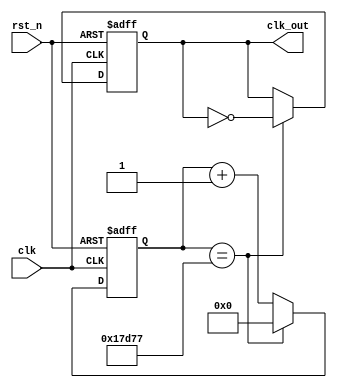
`timescale 1ns / 1ps
/**
* function description:
* artix-7 fgg484 chip are 100M system clock embeded
* so here we want to achieve the clock of 512Hz, as 1e8(100M)/512 = 195312
* using a cnts signal, when cnt == cnt, then we reverse the clk signal
* when it reaches the half cnts, then clk must be reversed as it is the half period
*/

module clock_div_512Hz(   // 512.0013Hz
    input clk,
    input rst_n,
    output reg clk_out
    );
    reg [25:0]cnt;
    parameter cnts = 195312;
    always@(posedge clk,negedge rst_n)
    begin
        if(~rst_n)
        begin
            cnt <= 0;
            clk_out <= 0;
        end
        else if(cnt == (cnts>>1)-1)
        begin
            cnt <= 0;
            clk_out <= ~clk_out;
        end
        else
            cnt <= cnt + 1;
    end
endmodule